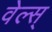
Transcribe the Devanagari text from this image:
वेल्स्